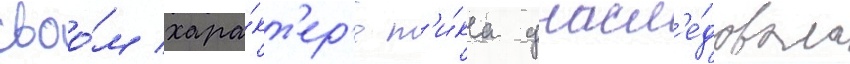
своо́м хара́кт'ер'е т'и́ка унасл'е́довала